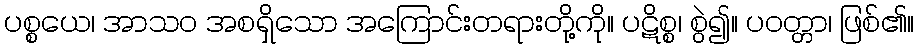
ပစ္စယေ၊ အာသဝ အစရှိသော အကြောင်းတရားတို့ကို။ ပဋိစ္စ၊ စွဲ၍။ ပဝတ္တာ၊ ဖြစ်၏။